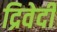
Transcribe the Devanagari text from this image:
द्रिवेदी